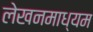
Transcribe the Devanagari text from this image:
लेखनमाध्यम